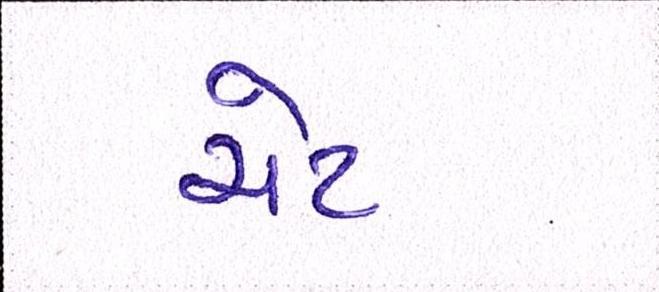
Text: ચેટ